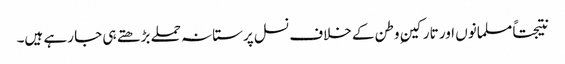
نتیجتاً مسلمانوں اور تارکینِ وطن کے خلاف نسل پرستانہ حملے بڑھتے ہی جا رہے ہیں۔